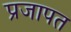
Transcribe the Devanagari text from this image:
प्रजापत